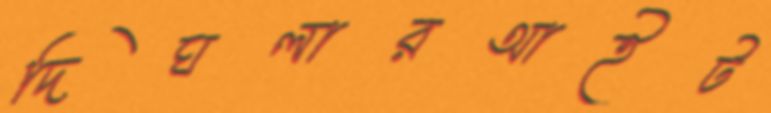
দিঘলারআইট